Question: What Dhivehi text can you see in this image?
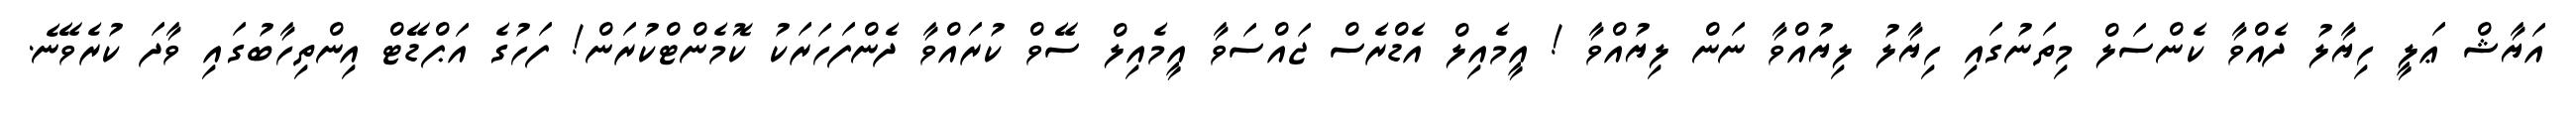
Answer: އަޔާޝް ޢަލީ ހިޔާލު ދެއްވާ ކެންސަލް މިތަނުގައި ހިޔާލު ލިޔުއްވާ ނަން ލިޔުއްވާ ! އީމެއިލް އެޑްރެސް ޖައްސަވާ އީމެއިލް ސޭވް ކުރައްވާ ދެންފަހަރަކު ކޮމެންޓްކުރަން! ފަހުގެ އަޕްޑޭޓް އިންތިހާބުގައި ވާދަ ކުރެވޭނެ.